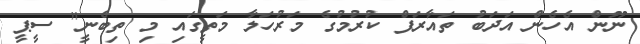
ނޫން އެހެން އަދަބު ތައާރަފް ކުރުމުގެ މަރުހަލާ މަތީގައި މި ތިބެނީ" ސީޕީ